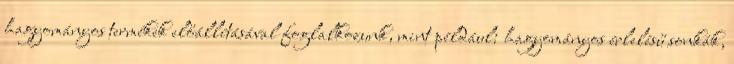
hagyományos termékek előállításával foglalkozunk, mint például: hagyományos érlelésű sonkák,